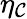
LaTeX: \eta_{\mathcal{C}}